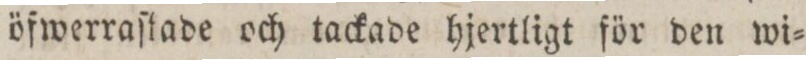
öfwerraſtade och tackade hjertligt för den wi=